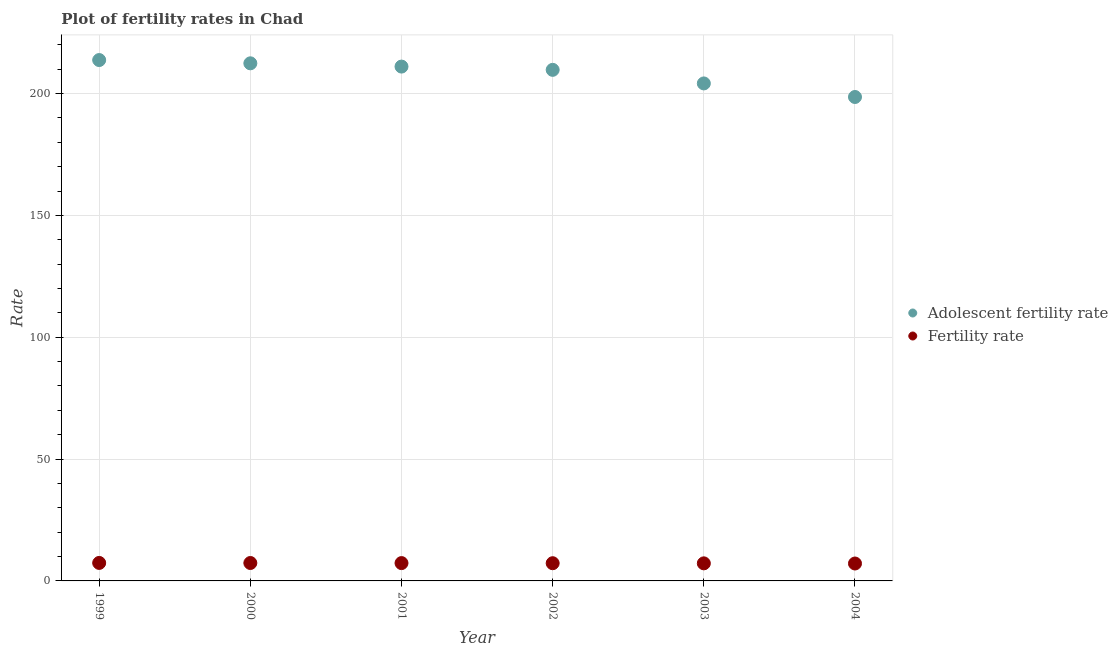
| Year | Adolescent fertility rate | Fertility rate |
 | --- | --- | --- |
 | 1999 | 214 | 7.38 |
 | 2000 | 212 | 7.35 |
 | 2001 | 211 | 7.32 |
 | 2002 | 210 | 7.27 |
 | 2003 | 204 | 7.21 |
 | 2004 | 199 | 7.15 |